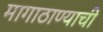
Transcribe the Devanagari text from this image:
मागाठाण्याची